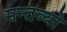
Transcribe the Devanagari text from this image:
मन्तव्यो